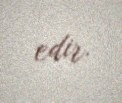
edir.